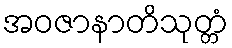
အဝဇာနာတိသုတ္တံ